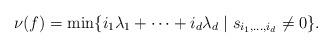
LaTeX: \begin{align*}\nu(f)=\min\{i_1\lambda_1+\cdots+i_d\lambda_d\mid s_{i_1,\ldots,i_d}\ne 0\}.\end{align*}